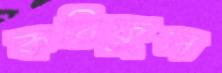
করিফুল